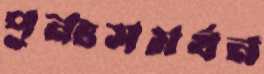
পুনঃসমর্থন